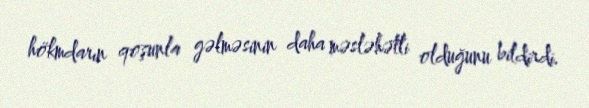
hökmdarın qoşunla gəlməsinin daha məsləhətli olduğunu bildirdi.